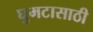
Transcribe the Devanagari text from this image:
घुमटासाठी